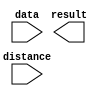
// megafunction wizard: %LPM_CLSHIFT%VBB%
// GENERATION: STANDARD
// VERSION: WM1.0
// MODULE: LPM_CLSHIFT 

// ============================================================
// Megafunction Name(s):
// 			LPM_CLSHIFT
//
// Simulation Library Files(s):
// 			
// ============================================================
// ************************************************************
// THIS IS A WIZARD-GENERATED FILE. DO NOT EDIT THIS FILE!
//
// 15.1.0 Build 185 10/21/2015 SJ Lite Edition
// ************************************************************

//Copyright (C) 1991-2015 Altera Corporation. All rights reserved.
//Your use of Altera Corporation's design tools, logic functions 
//and other software and tools, and its AMPP partner logic 
//functions, and any output files from any of the foregoing 
//(including device programming or simulation files), and any 
//associated documentation or information are expressly subject 
//to the terms and conditions of the Altera Program License 
//Subscription Agreement, the Altera Quartus Prime License Agreement,
//the Altera MegaCore Function License Agreement, or other 
//applicable license agreement, including, without limitation, 
//that your use is for the sole purpose of programming logic 
//devices manufactured by Altera and sold by Altera or its 
//authorized distributors.  Please refer to the applicable 
//agreement for further details.

module zxw_rotate1 (
	data,
	distance,
	result);

	input	[15:0]  data;
	input	[3:0]  distance;
	output	[15:0]  result;

endmodule

// ============================================================
// CNX file retrieval info
// ============================================================
// Retrieval info: PRIVATE: INTENDED_DEVICE_FAMILY STRING "Cyclone V"
// Retrieval info: PRIVATE: LPM_SHIFTTYPE NUMERIC "2"
// Retrieval info: PRIVATE: LPM_WIDTH NUMERIC "16"
// Retrieval info: PRIVATE: SYNTH_WRAPPER_GEN_POSTFIX STRING "0"
// Retrieval info: PRIVATE: lpm_widthdist NUMERIC "4"
// Retrieval info: PRIVATE: lpm_widthdist_style NUMERIC "0"
// Retrieval info: PRIVATE: new_diagram STRING "1"
// Retrieval info: PRIVATE: port_direction NUMERIC "1"
// Retrieval info: LIBRARY: lpm lpm.lpm_components.all
// Retrieval info: CONSTANT: LPM_SHIFTTYPE STRING "ROTATE"
// Retrieval info: CONSTANT: LPM_TYPE STRING "LPM_CLSHIFT"
// Retrieval info: CONSTANT: LPM_WIDTH NUMERIC "16"
// Retrieval info: CONSTANT: LPM_WIDTHDIST NUMERIC "4"
// Retrieval info: USED_PORT: data 0 0 16 0 INPUT NODEFVAL "data[15..0]"
// Retrieval info: USED_PORT: distance 0 0 4 0 INPUT NODEFVAL "distance[3..0]"
// Retrieval info: USED_PORT: result 0 0 16 0 OUTPUT NODEFVAL "result[15..0]"
// Retrieval info: CONNECT: @data 0 0 16 0 data 0 0 16 0
// Retrieval info: CONNECT: @direction 0 0 0 0 VCC 0 0 0 0
// Retrieval info: CONNECT: @distance 0 0 4 0 distance 0 0 4 0
// Retrieval info: CONNECT: result 0 0 16 0 @result 0 0 16 0
// Retrieval info: GEN_FILE: TYPE_NORMAL zxw_rotate1.v TRUE
// Retrieval info: GEN_FILE: TYPE_NORMAL zxw_rotate1.inc FALSE
// Retrieval info: GEN_FILE: TYPE_NORMAL zxw_rotate1.cmp FALSE
// Retrieval info: GEN_FILE: TYPE_NORMAL zxw_rotate1.bsf TRUE
// Retrieval info: GEN_FILE: TYPE_NORMAL zxw_rotate1_inst.v FALSE
// Retrieval info: GEN_FILE: TYPE_NORMAL zxw_rotate1_bb.v TRUE